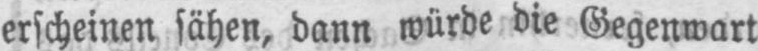
erscheinen sähen, dann würde die Gegenwart